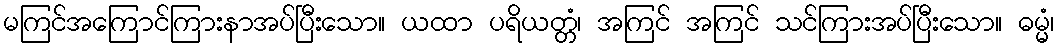
မကြင်အကြောင်ကြားနာအပ်ပြီးသော။ ယထာ ပရိယတ္တံ၊ အကြင် အကြင် သင်ကြားအပ်ပြီးသော။ ဓမ္မံ၊